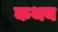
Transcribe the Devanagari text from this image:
कथय